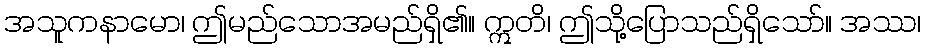
အသူကနာမော၊ ဤမည်သောအမည်ရှိ၏။ ဣတိ၊ ဤသို့ပြောသည်ရှိသော်။ အဿ၊